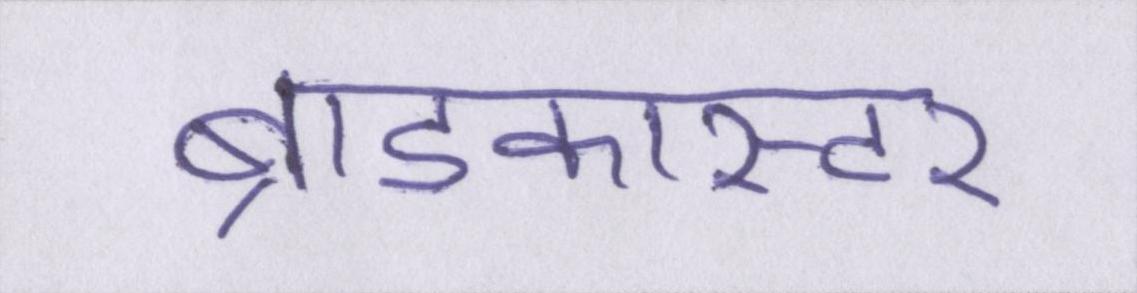
ब्राडकास्टर